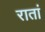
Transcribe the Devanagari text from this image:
रातां